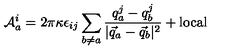
{ \cal A } _ { a } ^ { i } = 2 \pi \kappa \epsilon _ { i j } \sum _ { b \neq a } { \frac { q _ { a } ^ { j } - q _ { b } ^ { j } } { | \vec { q } _ { a } - \vec { q } _ { b } | ^ { 2 } } } + \mathrm { l o c a l }